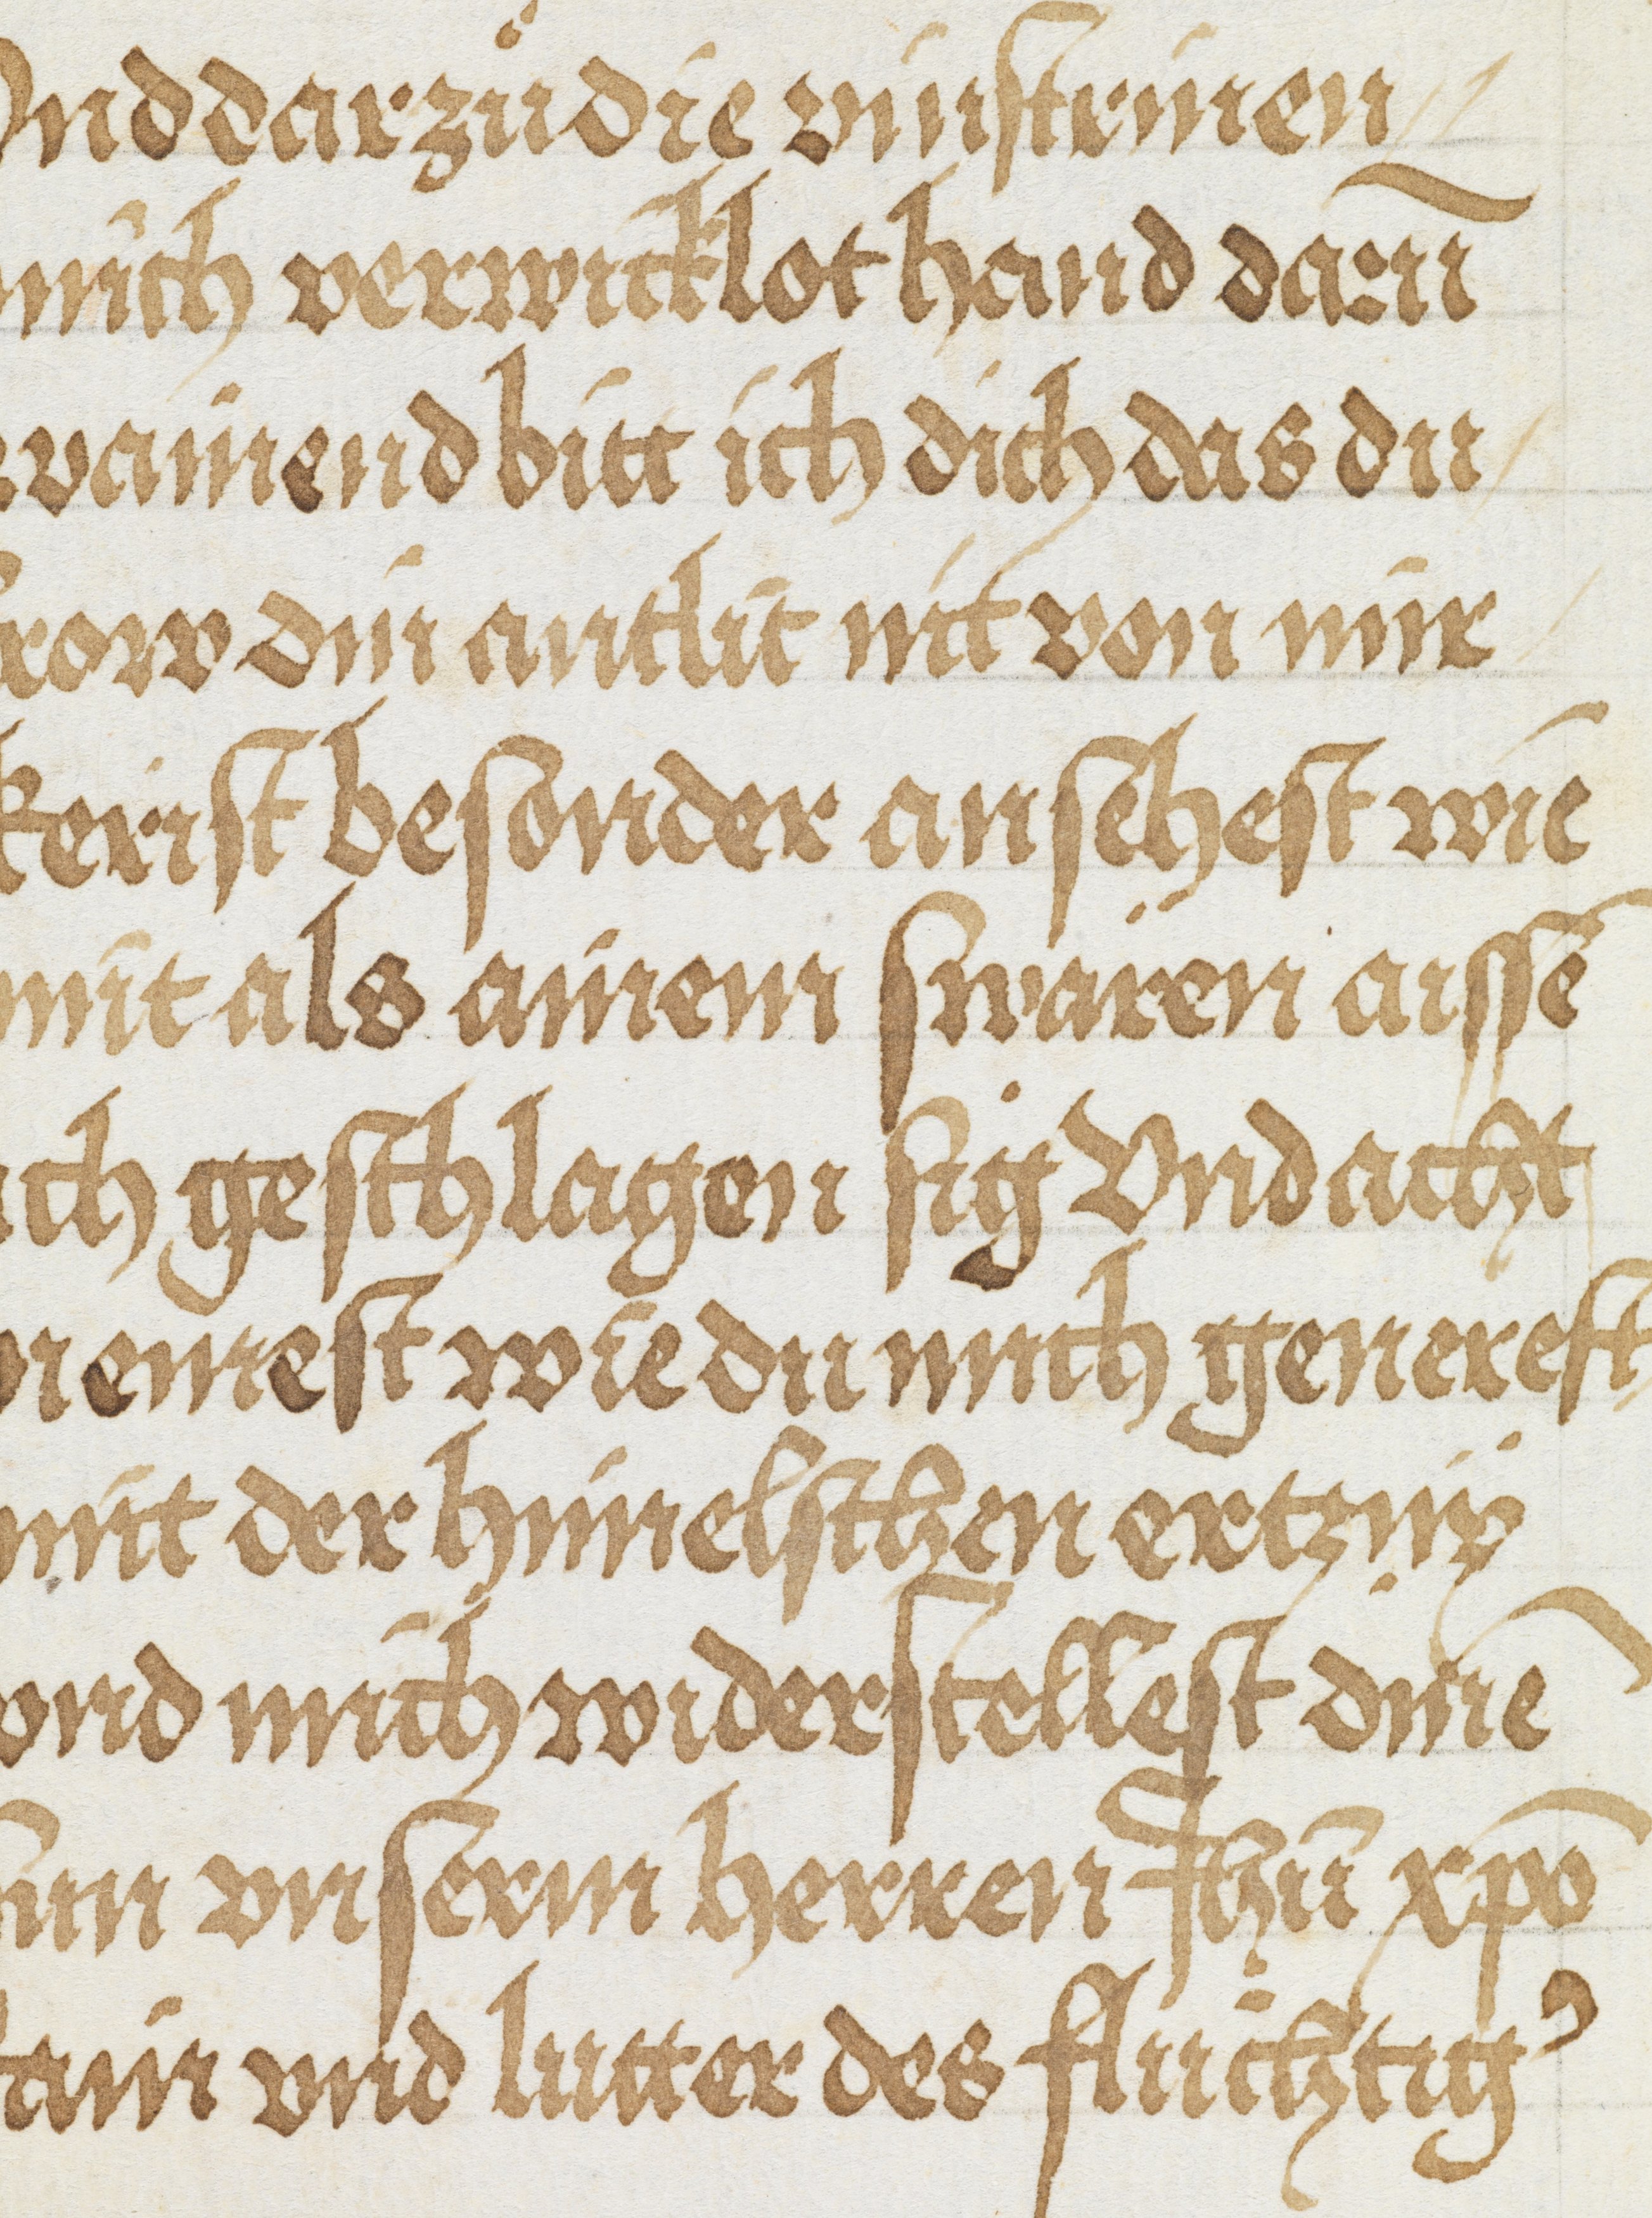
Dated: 1500–1524